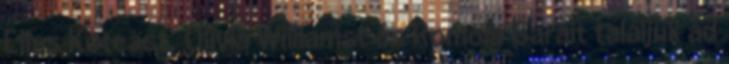
Elias Koteast, Olivia Williamst és Romola Garait találjuk ad